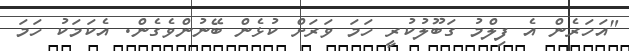
"އަހަރެން އެ ފިލްމު ގަބޫލުކުރީ ހަމަ ވަރަށް ކުޅެން ބޭނުންވެގެން. އެކަމަކު ހަމަ